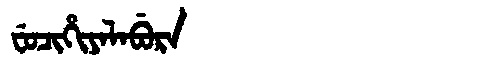
Manchu: ᠸᡠᠴᡳᡥᡳᠶᠠᠯᠠᠪᡠᡵᠠ
Romanization: FUCIHIYALABURA